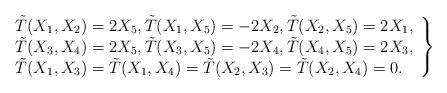
LaTeX: \begin{align*}\left.\begin{array}{l}\tilde T(X_1,X_2)=2X_5, \tilde T(X_1,X_5)=-2X_2, \tilde T(X_2,X_5)=2 X_1, \\\tilde T(X_3,X_4)=2X_5, \tilde T(X_3,X_5)=-2X_4, \tilde T(X_4,X_5)=2 X_3, \\\tilde T(X_1,X_3)=\tilde T(X_1,X_4)=\tilde T(X_2,X_3)=\tilde T(X_2,X_4)=0. \end{array}\right\}\end{align*}